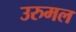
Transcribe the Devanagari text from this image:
उरुमल